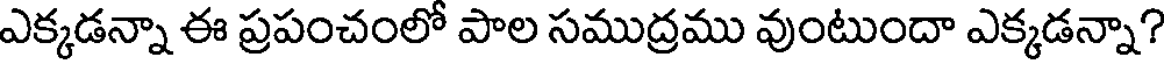
ఎక్కడన్నా ఈ ప్రపంచంలో పాల సముద్రము వుంటుందా ఎక్కడన్నా?